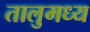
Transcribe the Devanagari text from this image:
तालुमध्य